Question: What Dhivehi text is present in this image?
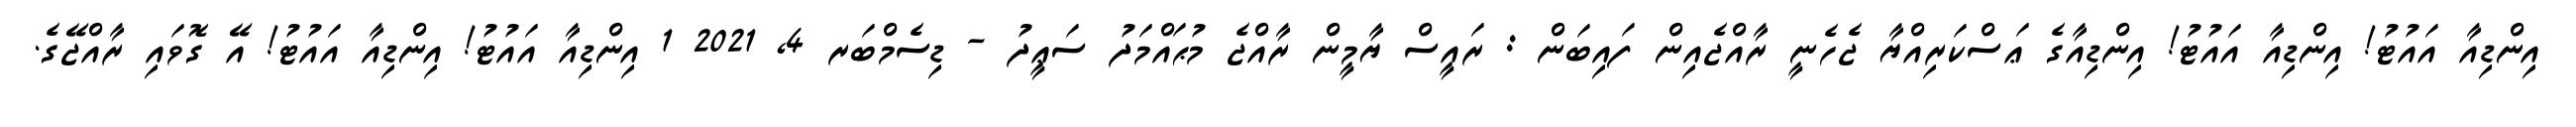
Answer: އިންޑިއާ އައުޓު! އިންޑިއާ އައުޓު! އިންޑިއާގެ ޢަސްކަރިއްޔާ ޖެހެނީ ރާއްޖެއިން ފައިބަން : ރައީސް ޔާމީން ރާއްޖެ މުޙައްމަދު ސަޢީދު - ޑިސެމްބަރ 4, 2021 1 އިންޑިއާ އައުޓު! އިންޑިއާ އައުޓު! އޭ ގޮވައި ރާއްޖޭގެ.